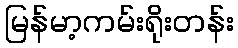
မြန်မာ့ကမ်းရိုးတန်း